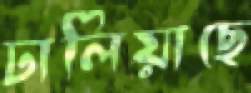
ঢালিয়াছে